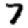
Digit: 7